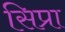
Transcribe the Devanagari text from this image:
सिप्रा